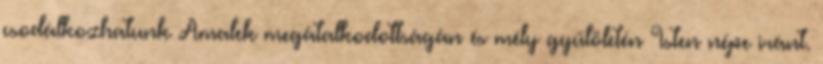
csodálkozhatunk Amalek megátalkodottságán és mély gyűlöletén Isten népe iránt.